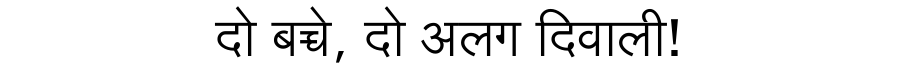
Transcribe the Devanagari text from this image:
दो बच्चे, दो अलग दिवाली!